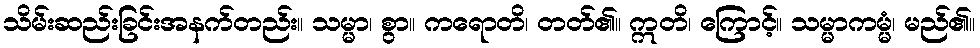
သိမ်းဆည်းခြင်းအနက်တည်း။ သမ္မာ၊ စွာ။ ကရောတိ၊ တတ်၏။ ဣတိ၊ ကြောင့်။ သမ္မာကမ္မံ၊ မည်၏။